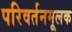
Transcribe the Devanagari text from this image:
परिवर्तनमूलक